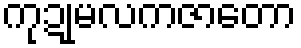
ကုဍုမလကဇာတော